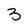
Character: 3